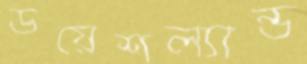
ডয়েশল্যান্ড